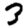
Digit: 3